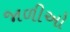
જાળીઓ